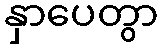
နှာပေတွာ